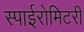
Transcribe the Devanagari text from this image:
स्पाईरोमिटरी